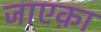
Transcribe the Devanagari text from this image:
जाएक़ा